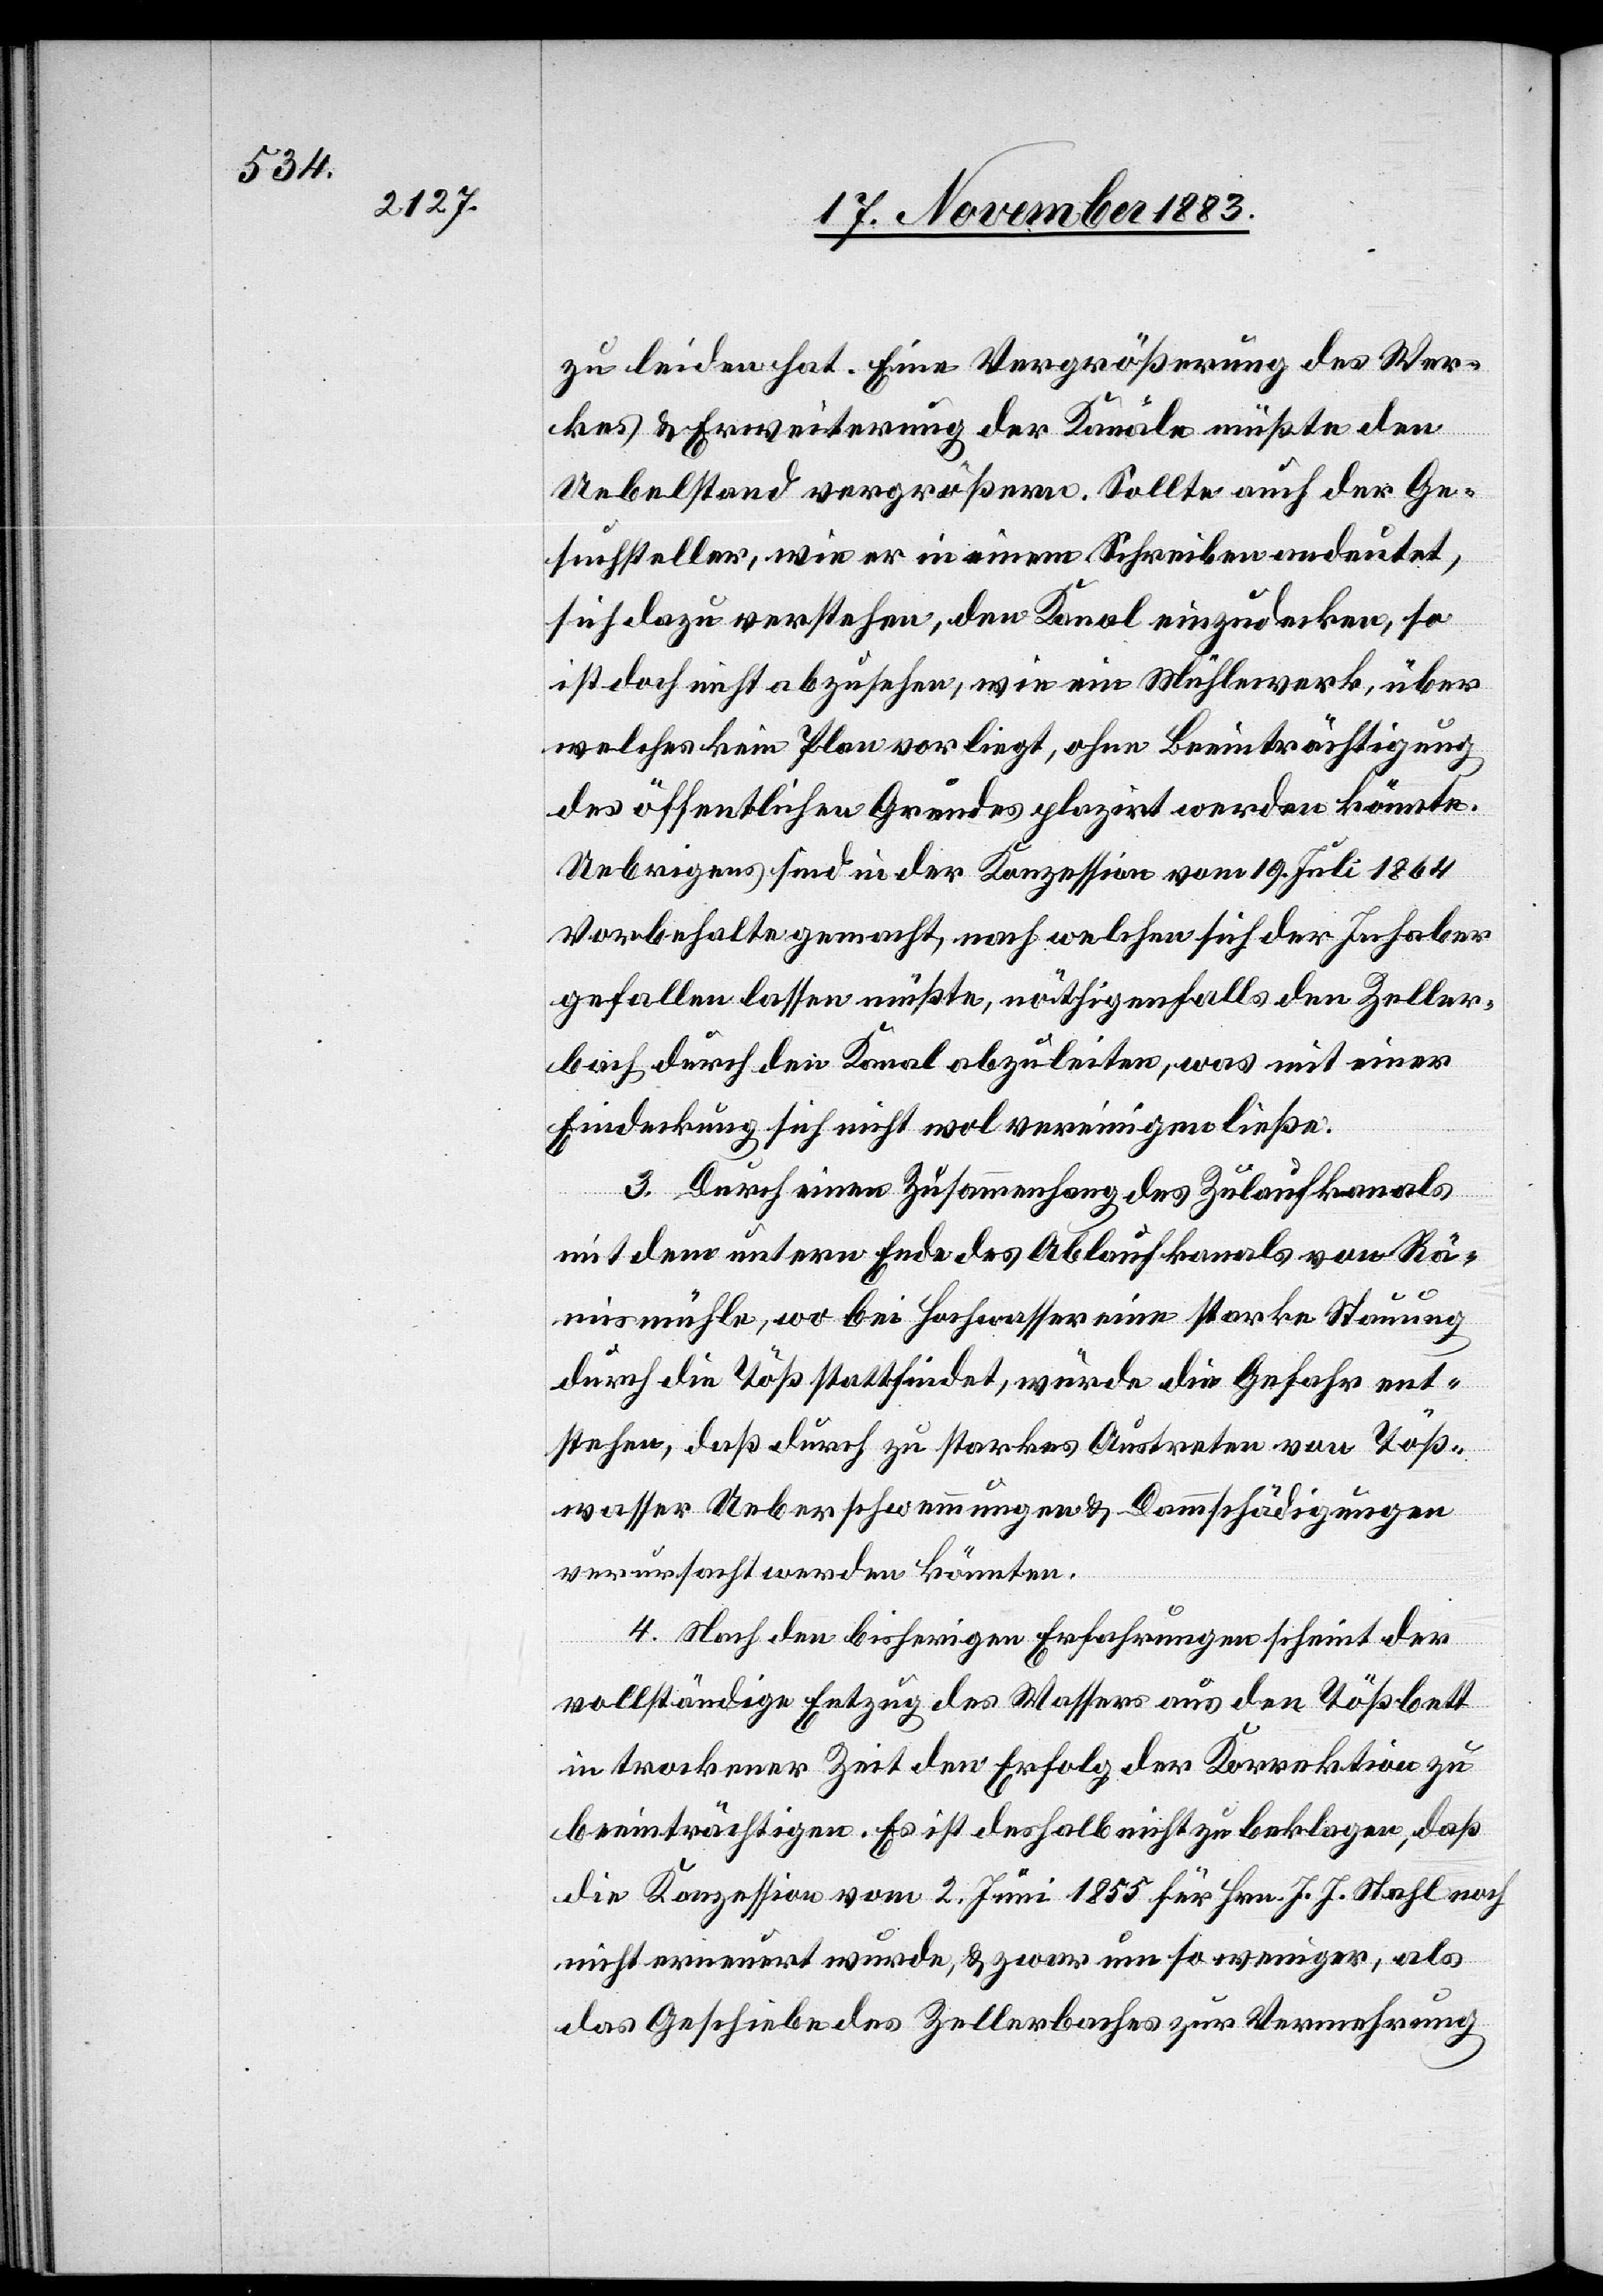
zu leiden hat. Eine Vergrößerung des Wer¬
kes & Erweiterung der Kanäle müßte den
Uebelstand vergrößern. Sollte auch der Ge¬
suchsteller, wie er in einem Schreiben andeutet,
sich dazu verstehen, den Kanal einzudecken, so
ist doch nicht abzusehen, wie ein Mühlewerk, über
welches kein Plan vorliegt, ohne Beeinträchtigung
des öffentlichen Grundes plazirt werden könnte.
Uebrigens sind in der Konzession vom 19. Juli 1864
Vorbehalte gemacht, nach welchen sich der Inhaber
gefallen lassen müßte, nöthigenfalls den Zeller¬
bach durch den Kanal abzuleiten, was mit einer
Eindeckung sich nicht wol vereinigen ließe.
3. Durch einen Zusammenhang des Zulaufkanals
mit dem untern Ende des Ablaufkanals von Rä¬
mismühle, wo bei Hochwasser eine starke Stauung
durch die Töß stattfindet, würde die Gefahr ent¬
stehen, daß durch zu starkes Austreten von Töß¬
wasser Ueberschwemmungen & Dammschädigungen
verursacht werden könnten.
4. Nach den bisherigen Erfahrungen scheint der
vollständige Entzug des Wassers aus den Tößbett
in trockener Zeit den Erfolg der Korrektion zu
beeinträchtigen. Es ist deshalb nicht zu beklagen, daß
die Konzession vom 2. Juni 1855 für Hrn. J. J. Stahl noch
nicht erneuert wurde, & zwar um so weniger, als
das Geschiebe des Zellerbaches zur Vermehrung